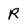
Character: R